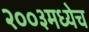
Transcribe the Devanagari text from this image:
२००३मध्येच